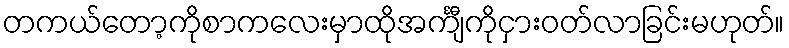
တကယ်တော့ကိုစာကလေးမှာထိုအင်္ကျီကိုငှားဝတ်လာခြင်းမဟုတ်။